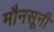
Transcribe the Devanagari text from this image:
मौनसूनी